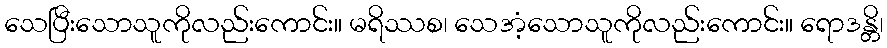
သေပြီးသောသူကိုလည်းကောင်း။ မရိဿစ၊ သေအံ့သောသူကိုလည်းကောင်း။ ရောဒန္တိ၊